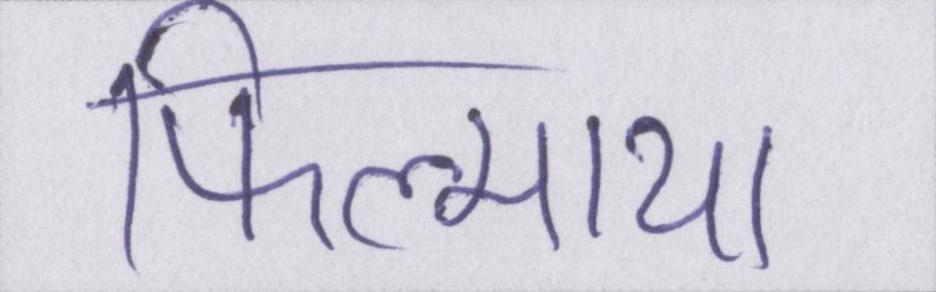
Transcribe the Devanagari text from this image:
फिल्माया